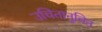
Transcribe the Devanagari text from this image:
उचितानुचित